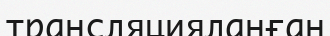
трансляцияланған